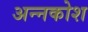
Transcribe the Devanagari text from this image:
अन्‍नकोश